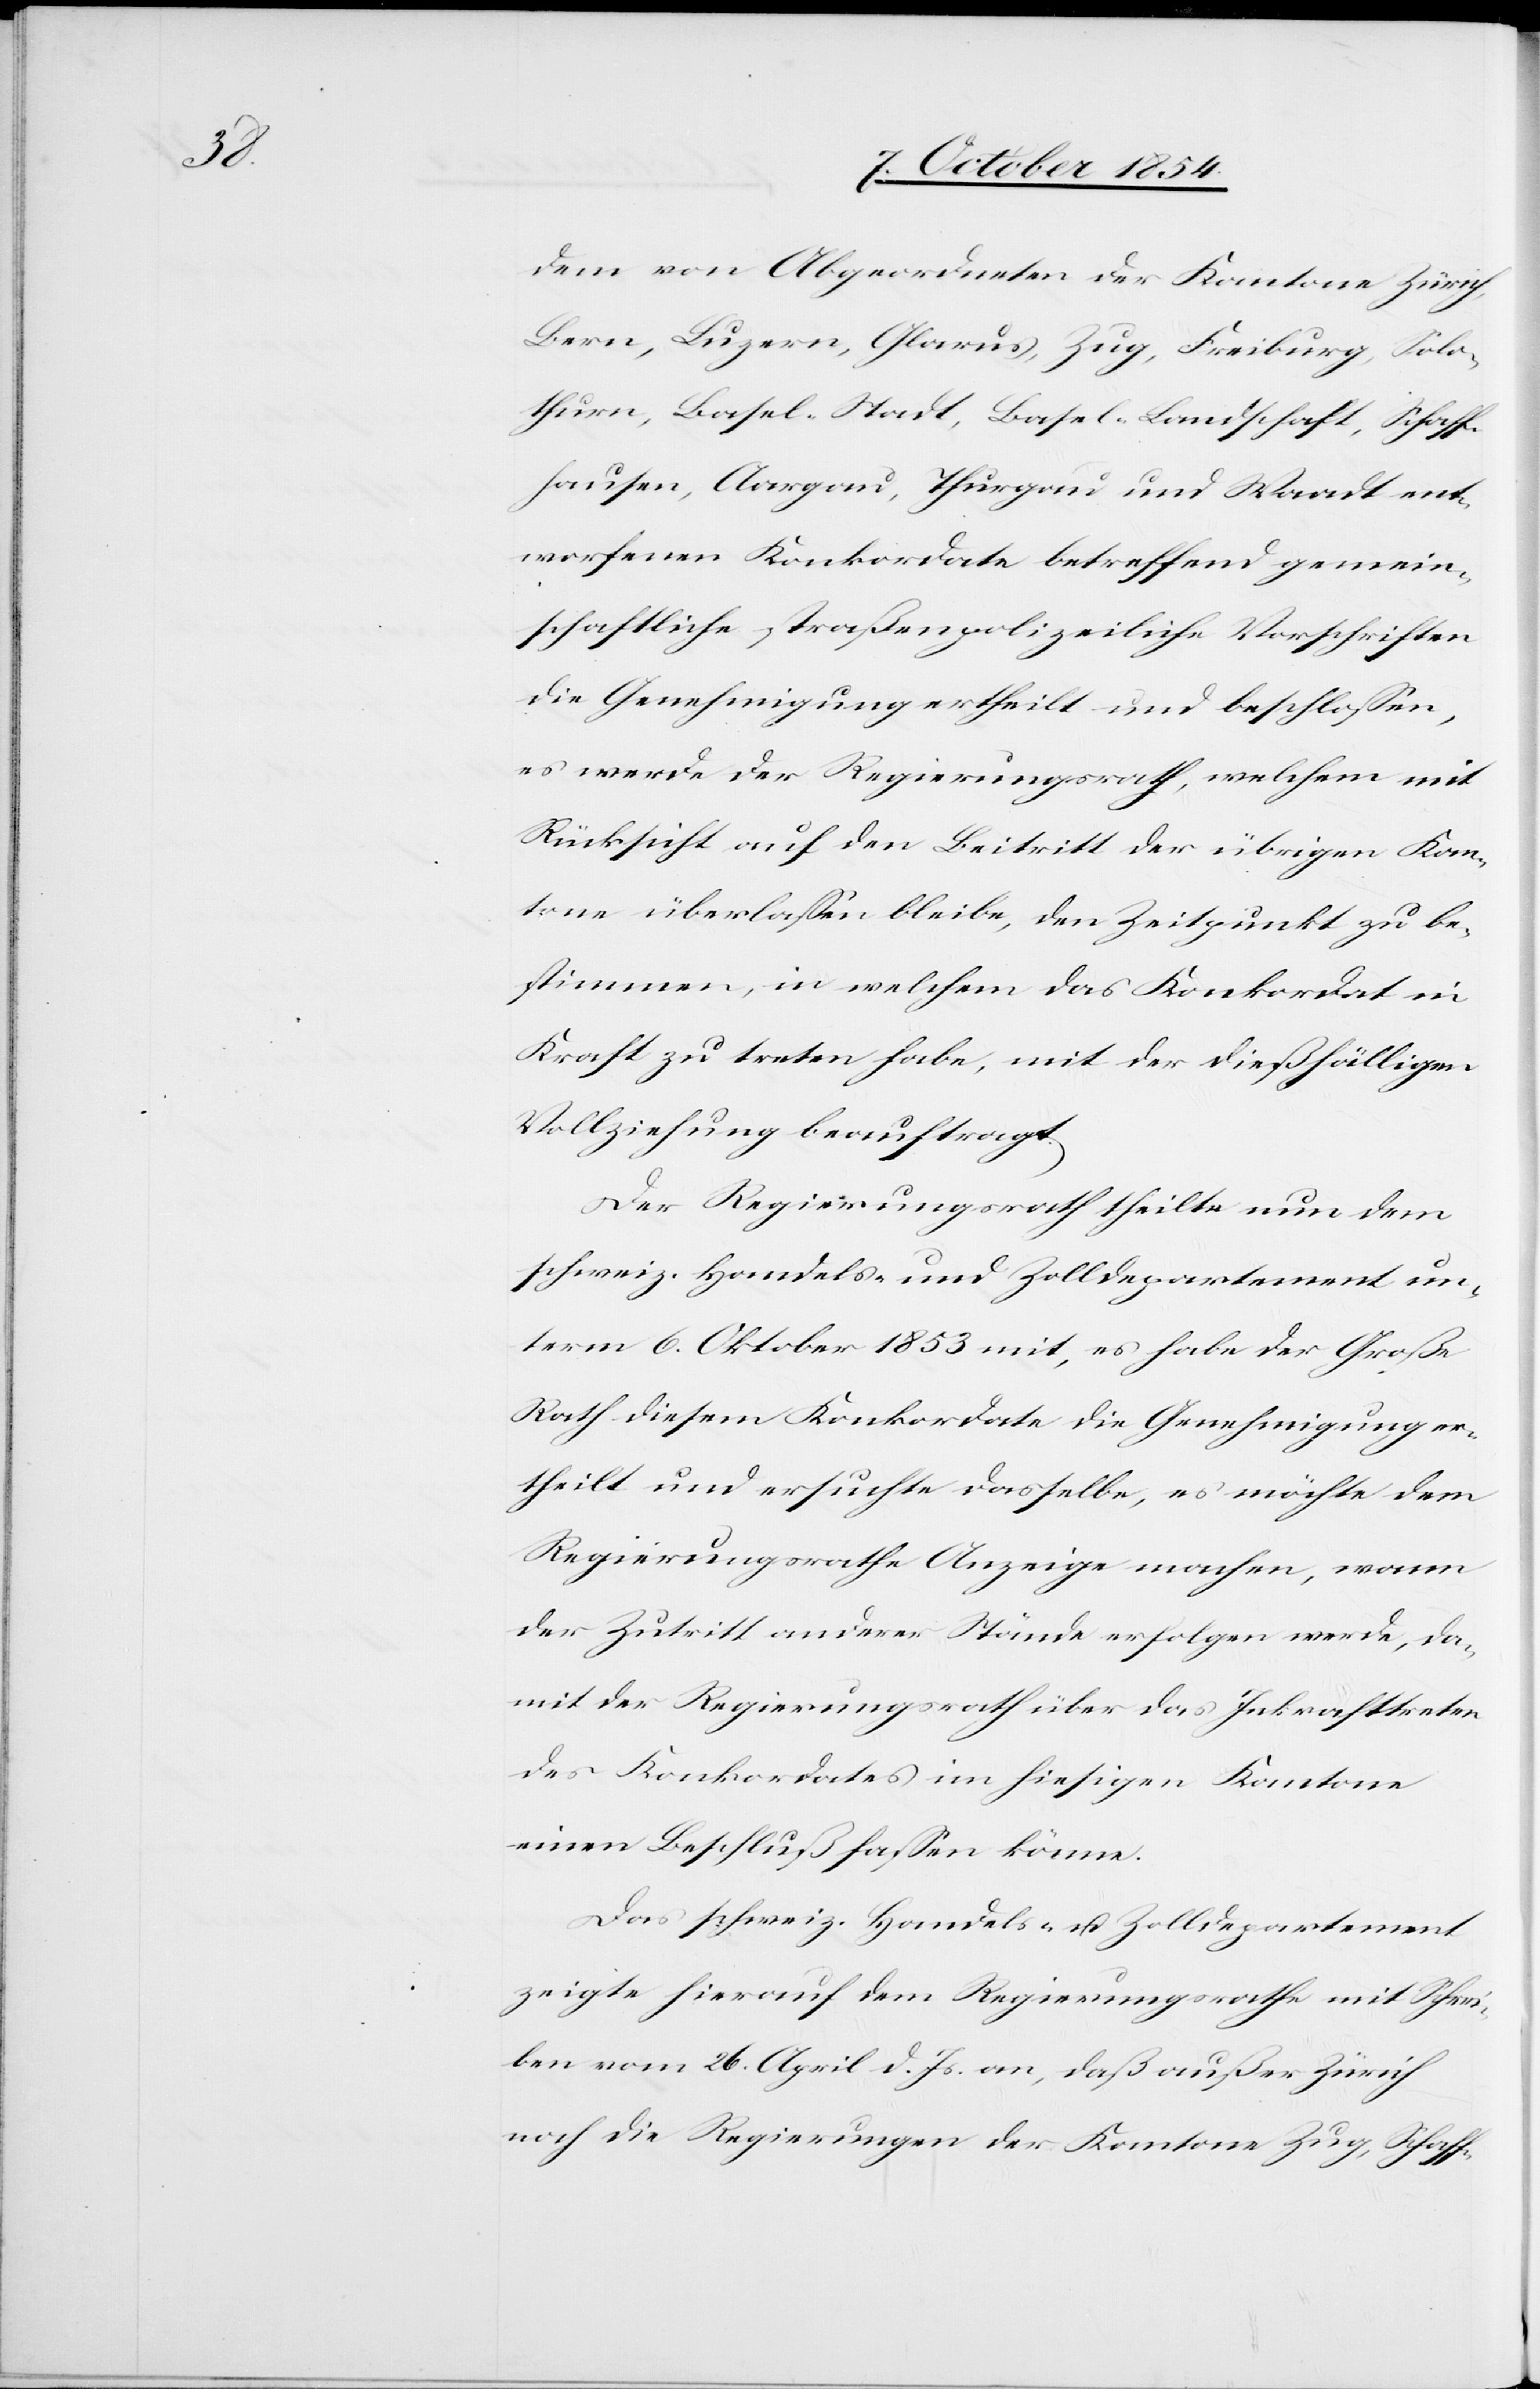
dem von Abgeordneten der Kantone Zürich,
Bern, Luzern, Glarus, Zug, Freiburg, Solo¬
thurn, Basel-Stadt, Basel-Landschaft, Schaff¬
hausen, Aargau, Thurgau und Waadt ent¬
worfenen Konkordate betreffend gemein¬
schaftliche straßenpolizeiliche Vorschriften
die Genehmigung ertheilt und beschloßen,
es werde der Regierungsrath, welchem mit
Rücksicht auf den Beitritt der übrigen Kan¬
tone überlaßen bleibe, den Zeitpunkt zu be¬
stimmen, in welchem das Konkordat in
Kraft zu treten habe, mit der dießfälligen
Vollziehung beauftragt.
Der Regierungsrath theilte nun dem
schweiz. Handels- und Zolldepartement un¬
term 6. Oktober 1853 mit, es habe der Große
Rath diesem Konkordate die Genehmigung er¬
theilt und ersuchte dasselbe, es möchte dem
Regierungsrathe Anzeige machen, wann
der Zutritt anderer Stände erfolgen werde, da¬
mit der Regierungsrath über das Inkrafttreten
des Konkordates im hiesigen Kantone
einen Beschluß faßen könne.
Das schweiz. Handels- u. Zolldepartement
zeigte hierauf dem Regierungsrathe mit Schrei¬
ben vom 26. April d. Js. an, daß außer Zürich
noch die Regierungen der Kantone Zug, Schaff-